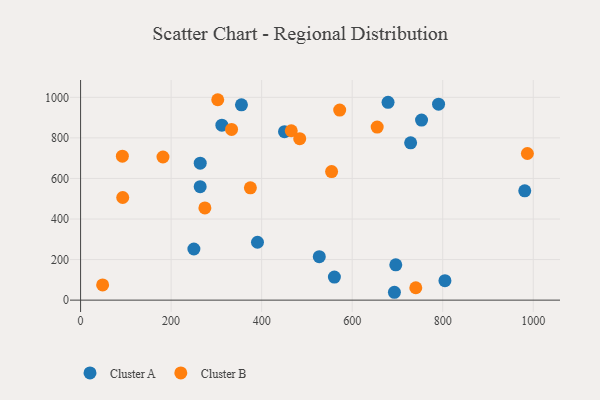
{"axis": {"x": "Ad Spend", "y": "Profit"}, "legend": ["Cluster A", "Cluster B"], "data": [{"x": "696.3", "y": 174.1, "type": "Cluster A"}, {"x": "753.2", "y": 887.7, "type": "Cluster A"}, {"x": "560.7", "y": 113.7, "type": "Cluster A"}, {"x": "729.1", "y": 775.5, "type": "Cluster A"}, {"x": "790.8", "y": 966.3, "type": "Cluster A"}, {"x": "450.5", "y": 830.5, "type": "Cluster A"}, {"x": "355.4", "y": 963.3, "type": "Cluster A"}, {"x": "981.2", "y": 538.9, "type": "Cluster A"}, {"x": "390.8", "y": 285.4, "type": "Cluster A"}, {"x": "250.3", "y": 252.2, "type": "Cluster A"}, {"x": "693.3", "y": 38.8, "type": "Cluster A"}, {"x": "527.3", "y": 214.1, "type": "Cluster A"}, {"x": "264.3", "y": 675.3, "type": "Cluster A"}, {"x": "679.2", "y": 975.3, "type": "Cluster A"}, {"x": "312.1", "y": 862.6, "type": "Cluster A"}, {"x": "264.2", "y": 559.7, "type": "Cluster A"}, {"x": "804.9", "y": 95.8, "type": "Cluster A"}, {"x": "48.7", "y": 74.8, "type": "Cluster B"}, {"x": "655.2", "y": 853.3, "type": "Cluster B"}, {"x": "375.1", "y": 553.8, "type": "Cluster B"}, {"x": "465.4", "y": 835.2, "type": "Cluster B"}, {"x": "92.3", "y": 710.0, "type": "Cluster B"}, {"x": "274.6", "y": 454.5, "type": "Cluster B"}, {"x": "333.5", "y": 842.0, "type": "Cluster B"}, {"x": "303.0", "y": 988.2, "type": "Cluster B"}, {"x": "554.5", "y": 633.9, "type": "Cluster B"}, {"x": "93.1", "y": 506.2, "type": "Cluster B"}, {"x": "572.4", "y": 937.2, "type": "Cluster B"}, {"x": "987.0", "y": 723.0, "type": "Cluster B"}, {"x": "740.5", "y": 61.1, "type": "Cluster B"}, {"x": "484.1", "y": 796.1, "type": "Cluster B"}, {"x": "182.0", "y": 705.8, "type": "Cluster B"}]}